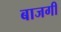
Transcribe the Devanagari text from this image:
बाजगी